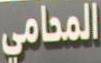
المحامي